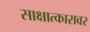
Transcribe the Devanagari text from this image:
साक्षात्कारावर